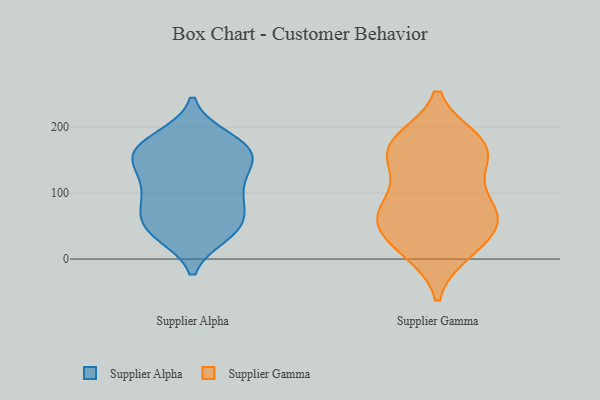
{"axis": {"x": "Headcount", "y": "Value"}, "legend": ["Supplier Alpha", "Supplier Gamma"], "data": [{"x": "", "y": 72, "type": "Supplier Alpha"}, {"x": "", "y": 114, "type": "Supplier Alpha"}, {"x": "", "y": 156, "type": "Supplier Alpha"}, {"x": "", "y": 88, "type": "Supplier Alpha"}, {"x": "", "y": 161, "type": "Supplier Alpha"}, {"x": "", "y": 184, "type": "Supplier Alpha"}, {"x": "", "y": 165, "type": "Supplier Alpha"}, {"x": "", "y": 132, "type": "Supplier Alpha"}, {"x": "", "y": 78, "type": "Supplier Alpha"}, {"x": "", "y": 184, "type": "Supplier Alpha"}, {"x": "", "y": 154, "type": "Supplier Alpha"}, {"x": "", "y": 167, "type": "Supplier Alpha"}, {"x": "", "y": 42, "type": "Supplier Alpha"}, {"x": "", "y": 37, "type": "Supplier Alpha"}, {"x": "", "y": 47, "type": "Supplier Alpha"}, {"x": "", "y": 97, "type": "Supplier Alpha"}, {"x": "", "y": 38, "type": "Supplier Alpha"}, {"x": "", "y": 115, "type": "Supplier Alpha"}, {"x": "", "y": 56, "type": "Supplier Alpha"}, {"x": "", "y": 150, "type": "Supplier Alpha"}, {"x": "", "y": 55, "type": "Supplier Gamma"}, {"x": "", "y": 10, "type": "Supplier Gamma"}, {"x": "", "y": 131, "type": "Supplier Gamma"}, {"x": "", "y": 14, "type": "Supplier Gamma"}, {"x": "", "y": 63, "type": "Supplier Gamma"}, {"x": "", "y": 165, "type": "Supplier Gamma"}, {"x": "", "y": 83, "type": "Supplier Gamma"}, {"x": "", "y": 118, "type": "Supplier Gamma"}, {"x": "", "y": 181, "type": "Supplier Gamma"}, {"x": "", "y": 157, "type": "Supplier Gamma"}, {"x": "", "y": 60, "type": "Supplier Gamma"}, {"x": "", "y": 181, "type": "Supplier Gamma"}, {"x": "", "y": 164, "type": "Supplier Gamma"}, {"x": "", "y": 18, "type": "Supplier Gamma"}, {"x": "", "y": 176, "type": "Supplier Gamma"}, {"x": "", "y": 67, "type": "Supplier Gamma"}, {"x": "", "y": 49, "type": "Supplier Gamma"}, {"x": "", "y": 76, "type": "Supplier Gamma"}]}